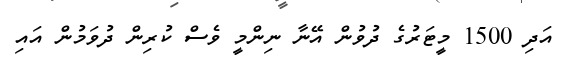
އަދި 1500 މީޓަރުގެ ދުވުން އޭނާ ނިންމީ ވެސް ކުރިން ދުވަމުން އައި